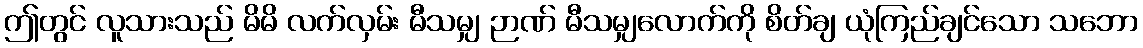
ဤတွင် လူသားသည် မိမိ လက်လှမ်း မီသမျှ ဉာဏ် မီသမျှလောက်ကို စိတ်ချ ယုံကြည်ချင်သော သဘော